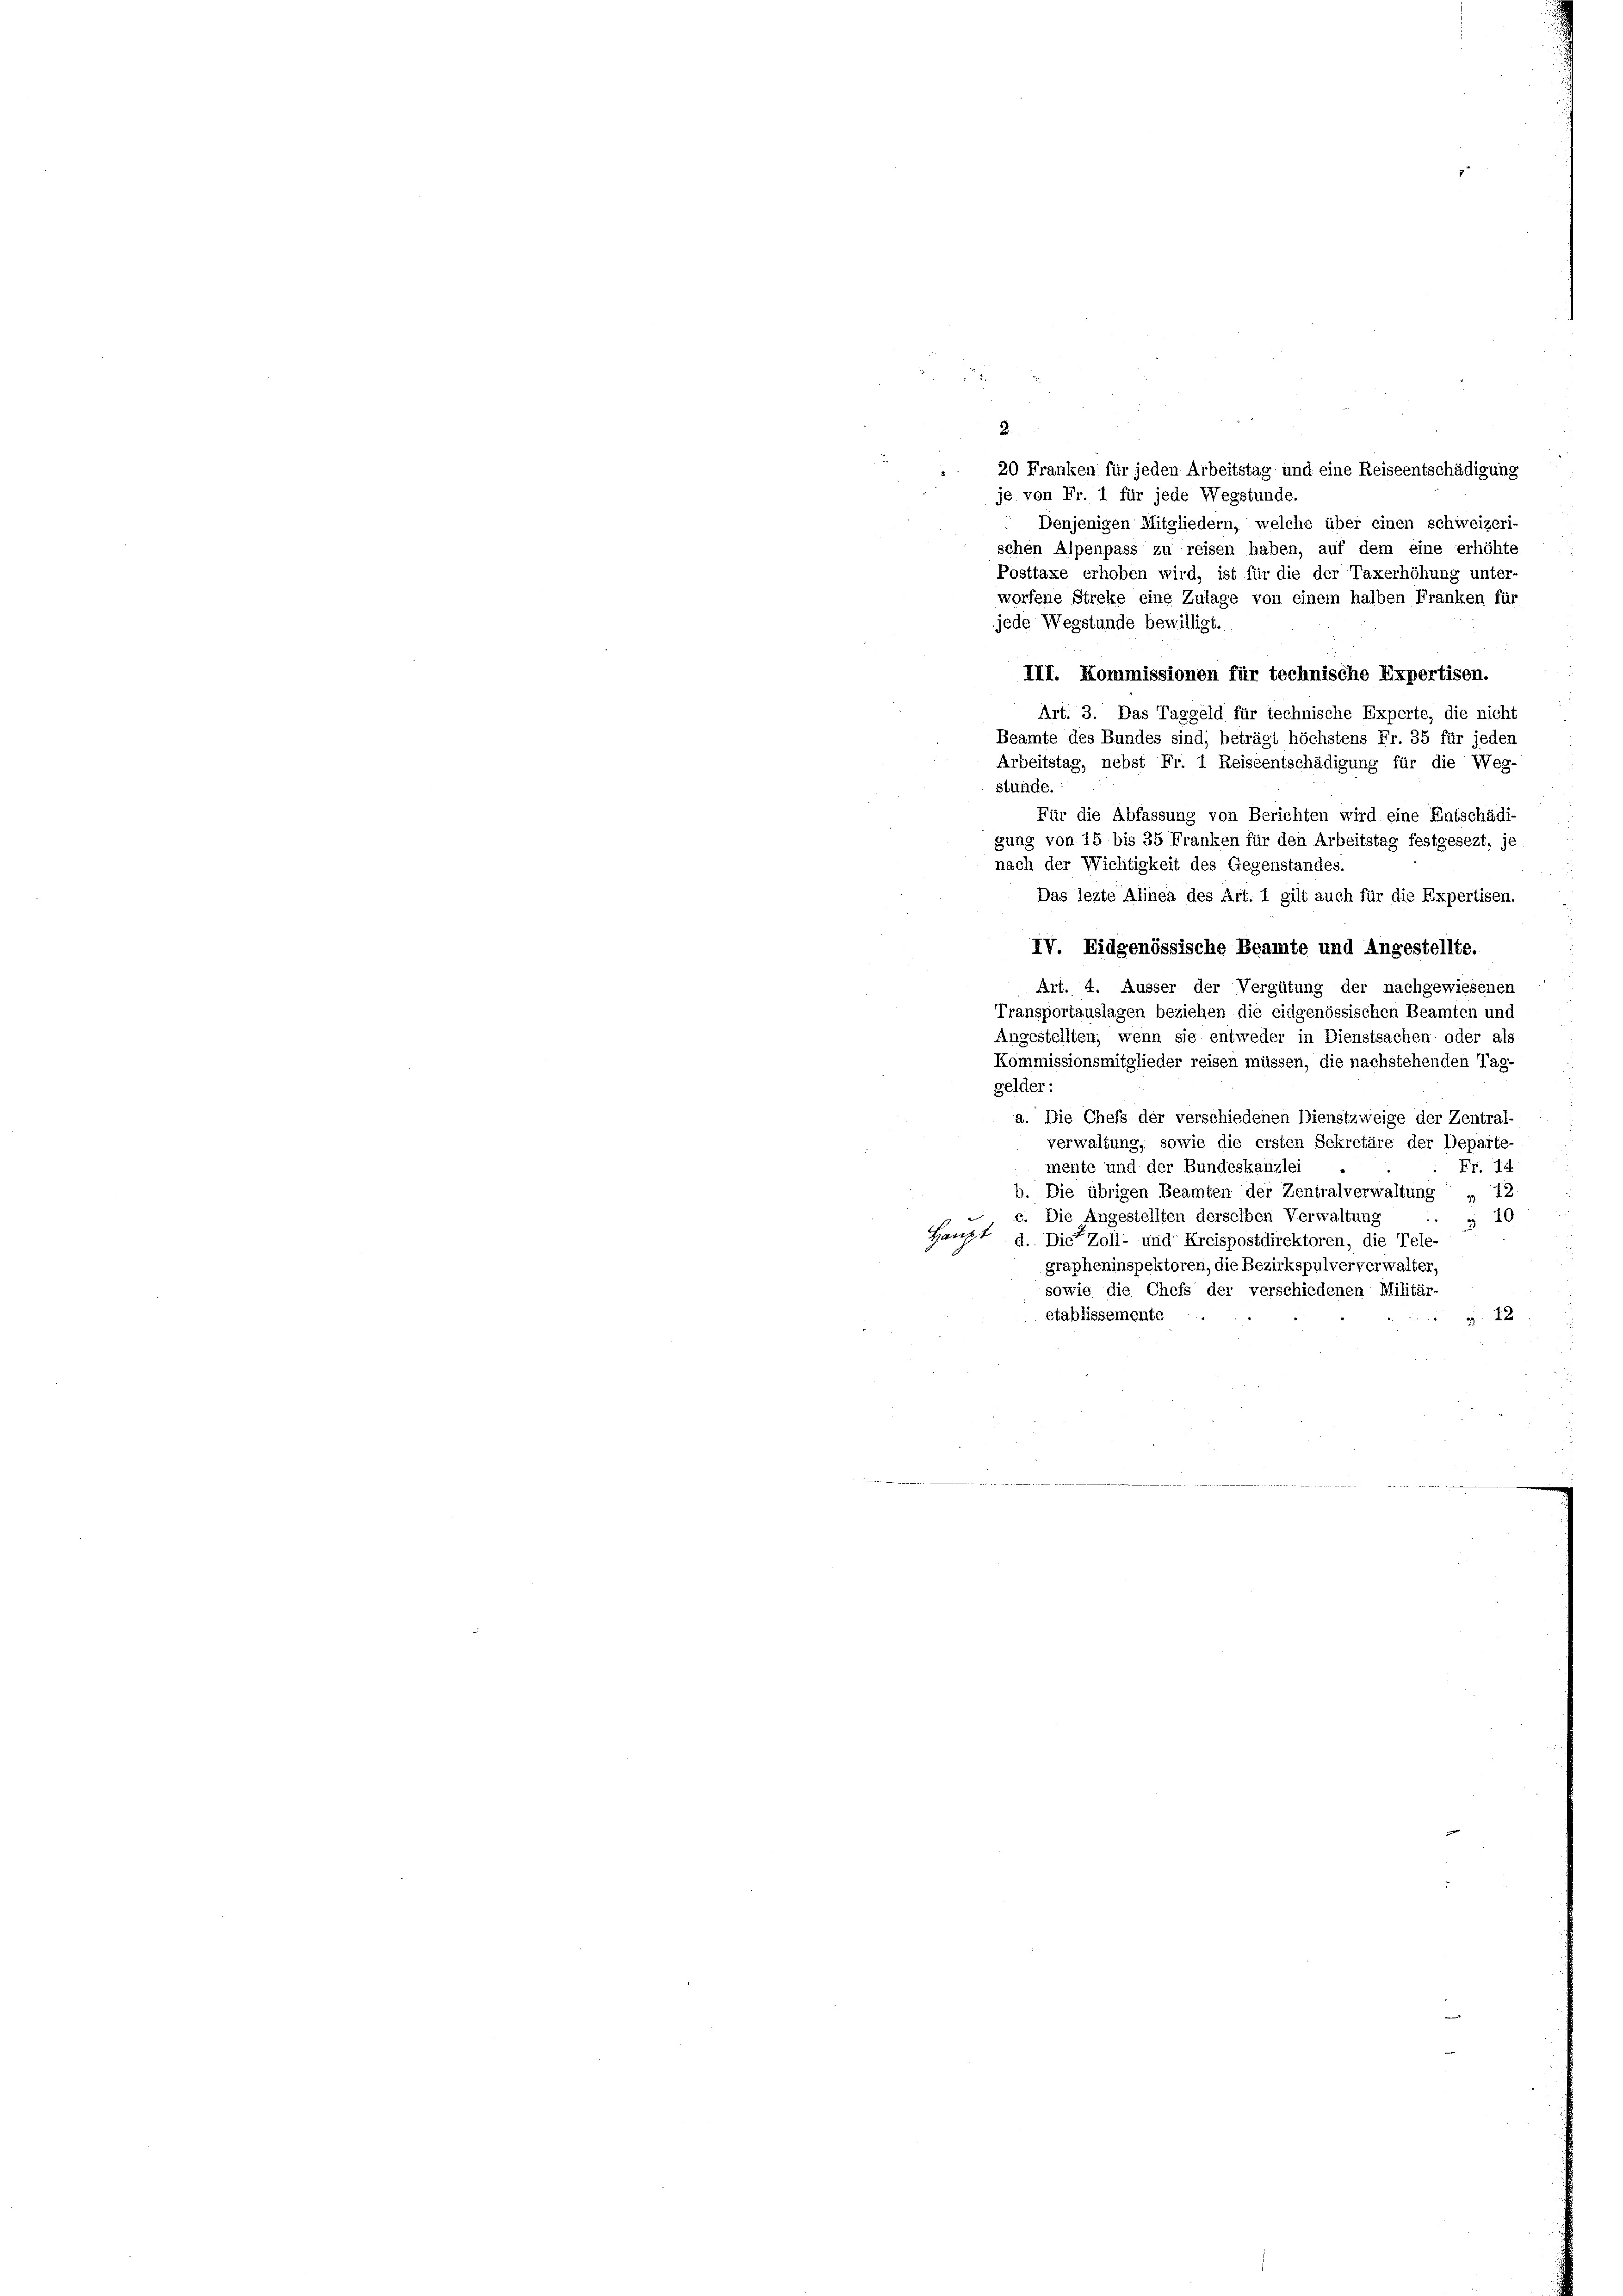
2.
20 Franken für jeden Arbeitstag und eine Reiseentschädigung
je von Fr. 1 für jede Wegstunde.
Denjenigen Mitgliedern, welche über einen schweizeri-
schen Alpenpass zu reisen haben, auf dem eine erhöhte
Posttaxe erhoben wird, ist für die der Taxerhöhung unter-
worfene Streke eine Zulage von einem halben Franken für
jede Wegstunde bewilligt.
III. Kommissionen für technische Expertisen.
IV. Eidgenössische Beamte und Angestellte.
Art. 4. Äusser der Vergütung der nachgewiesenen
Transportauslagen beziehen die eidgenössischen Beamten und
Angestellten, wenn sie entweder in Dienstsachen oder als
Kommissionsmitglieder reisen müssen, die nachstehenden Tag-
gelder:
a. Die Chefs der verschiedenen Dienstzweige der Zentral-
verwaltung, sowie die ersten Sekretäre der Departe-
mente und der Bundeskanzlei
Fr. 18
b. Die übrigen Beamten der Zentralverwaltung „ 12
 c. Die Angestellten derselben Verwaltung .. . 10
Haupt d. Die Zoll- und Kreispostdirektoren, die Tele-
grapheninspektoren, die Bezirkspulververwalter,
sowie die Chefs der verschiedenen Militär-
etablissemente
12

Art. 3. Das Taggeld für technische Experte, die nicht
Beamte des Bundes sind; beträgt höchstens Fr. 35 für jeden
Arbeitstag, nebst Fr. 1 Reiseentschädigung für die Weg-
stunde.
Für die Abfassung von Berichten wird eine Entschädi-
gung von 15 bis 35 Franken für den Arbeitstag festgesezt, je
nach der Wichtigkeit des Gegenstandes.
Das lezte Alinea des Art. 1 gilt auch für die Expertisen.